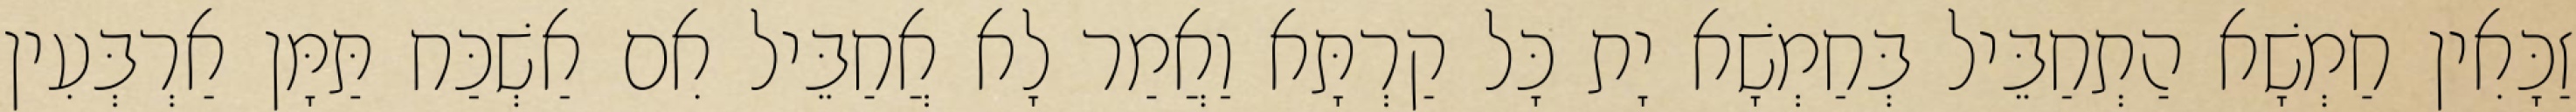
זַכָּאִין חַמְשָׁא הַתְחַבֵּיל בְּחַמְשָׁא יָת כָּל קַרְתָּא וַאֲמַר לָא אֲחַבֵּיל אִם אַשְׁכַּח תַּמָּן אַרְבְּעִין